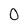
Character: 0